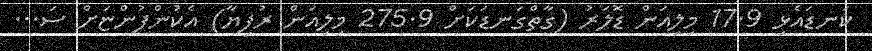
ކަނޑައެޅި 17.9 މިލިއަން ޑޮލަރު (ގާތްގަނޑަކަށް 275.9 މިލިއަން ރުފިޔާ) އެކުންފުންޏަށް ސަ...